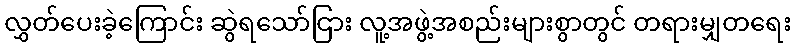
လွှတ်ပေးခဲ့ကြောင်း ဆွဲရသော်ငြား လူ့အဖွဲ့အစည်းများစွာတွင် တရားမျှတရေး